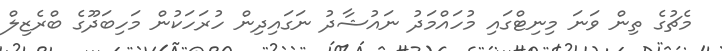
މެޗުގެ ތިން ވަނަ މިނިޓްގައި މުހައްމަދު ނައުޝާދު ނަގައިދިން ހުރަހަކުން މަހިބަދޫގެ ބްރެޒިލް